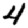
Digit: 4